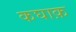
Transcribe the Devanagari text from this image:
कघाक़